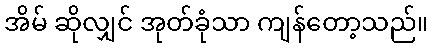
အိမ် ဆိုလျှင် အုတ်ခုံသာ ကျန်တော့သည်။